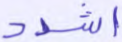
اشدد